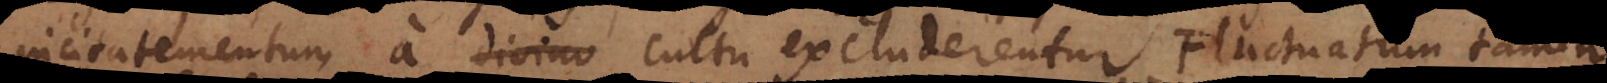
incitamentum a divino cultu excluderentur. Fluctuatum tamen